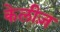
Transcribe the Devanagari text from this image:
केलीज़